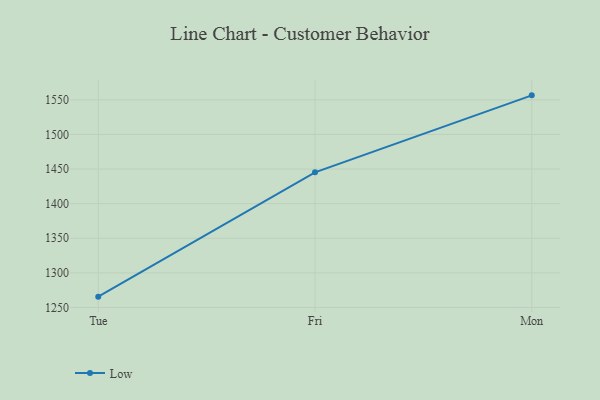
{"axis": {"x": "Day", "y": "Tickets Resolved"}, "legend": ["Low"], "data": [{"x": "Tue", "y": 1265.6, "type": "Low"}, {"x": "Fri", "y": 1445.3, "type": "Low"}, {"x": "Mon", "y": 1556.5, "type": "Low"}]}